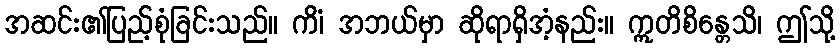
အဆင်း၏ပြည့်စုံခြင်းသည်။ ကိံ၊ အဘယ်မှာ ဆိုရာရှိအံ့နည်း။ ဣတိစိန္တေသိ၊ ဤသို့